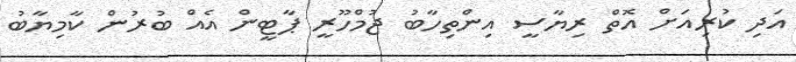
އަދި ކުރިއަށް އޮތް ރިޔާސީ އިންތިހާބު ޖުމްހޫރީ ޕާޓީން އެއް ބުރުން ކާމިޔާބު